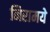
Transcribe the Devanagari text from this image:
निरामये